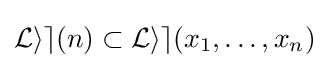
{\mathcal {Lie}}(n)\subset {\mathcal {Lie}}(x_{1},\dots ,x_{n})